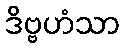
ဒိဗ္ဗဟံသာ